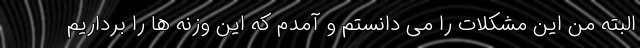
البته من این مشکلات را می دانستم و آمدم که این وزنه ها را برداریم